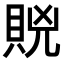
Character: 𧵮